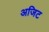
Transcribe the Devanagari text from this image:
अजिट